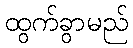
ထွက်ခွာမည်